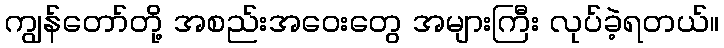
ကျွန်တော်တို့ အစည်းအဝေးတွေ အများကြီး လုပ်ခဲ့ရတယ်။